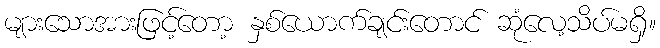
များသောအားဖြင့်တော့ နှစ်ယောက်ချင်းတောင် ဆုံလေ့သိပ်မရှိ။